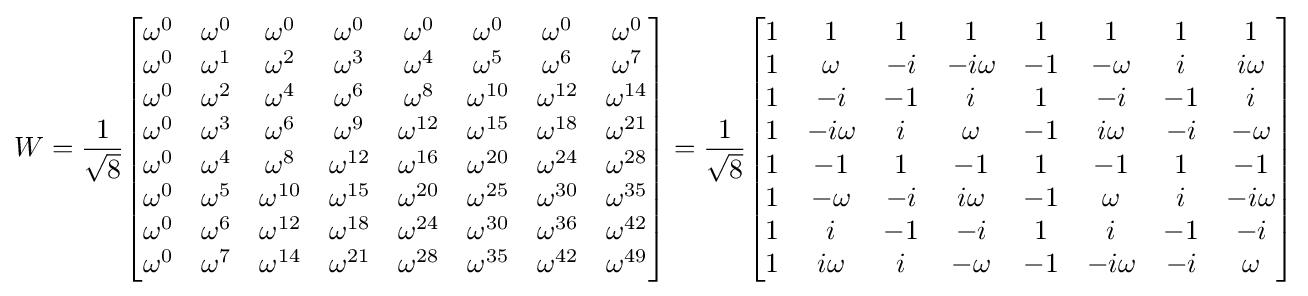
W={\frac {1}{\sqrt {8}}}{\begin{bmatrix}\omega ^{0}&\omega ^{0}&\omega ^{0}&\omega ^{0}&\omega ^{0}&\omega ^{0}&\omega ^{0}&\omega ^{0}\\\omega ^{0}&\omega ^{1}&\omega ^{2}&\omega ^{3}&\omega ^{4}&\omega ^{5}&\omega ^{6}&\omega ^{7}\\\omega ^{0}&\omega ^{2}&\omega ^{4}&\omega ^{6}&\omega ^{8}&\omega ^{10}&\omega ^{12}&\omega ^{14}\\\omega ^{0}&\omega ^{3}&\omega ^{6}&\omega ^{9}&\omega ^{12}&\omega ^{15}&\omega ^{18}&\omega ^{21}\\\omega ^{0}&\omega ^{4}&\omega ^{8}&\omega ^{12}&\omega ^{16}&\omega ^{20}&\omega ^{24}&\omega ^{28}\\\omega ^{0}&\omega ^{5}&\omega ^{10}&\omega ^{15}&\omega ^{20}&\omega ^{25}&\omega ^{30}&\omega ^{35}\\\omega ^{0}&\omega ^{6}&\omega ^{12}&\omega ^{18}&\omega ^{24}&\omega ^{30}&\omega ^{36}&\omega ^{42}\\\omega ^{0}&\omega ^{7}&\omega ^{14}&\omega ^{21}&\omega ^{28}&\omega ^{35}&\omega ^{42}&\omega ^{49}\\\end{bmatrix}}={\frac {1}{\sqrt {8}}}{\begin{bmatrix}1&1&1&1&1&1&1&1\\1&\omega &-i&-i\omega &-1&-\omega &i&i\omega \\1&-i&-1&i&1&-i&-1&i\\1&-i\omega &i&\omega &-1&i\omega &-i&-\omega \\1&-1&1&-1&1&-1&1&-1\\1&-\omega &-i&i\omega &-1&\omega &i&-i\omega \\1&i&-1&-i&1&i&-1&-i\\1&i\omega &i&-\omega &-1&-i\omega &-i&\omega \\\end{bmatrix}}